Memorandum on the prevention of leprosy by segregation of the affected
Disease focus: Leprosy
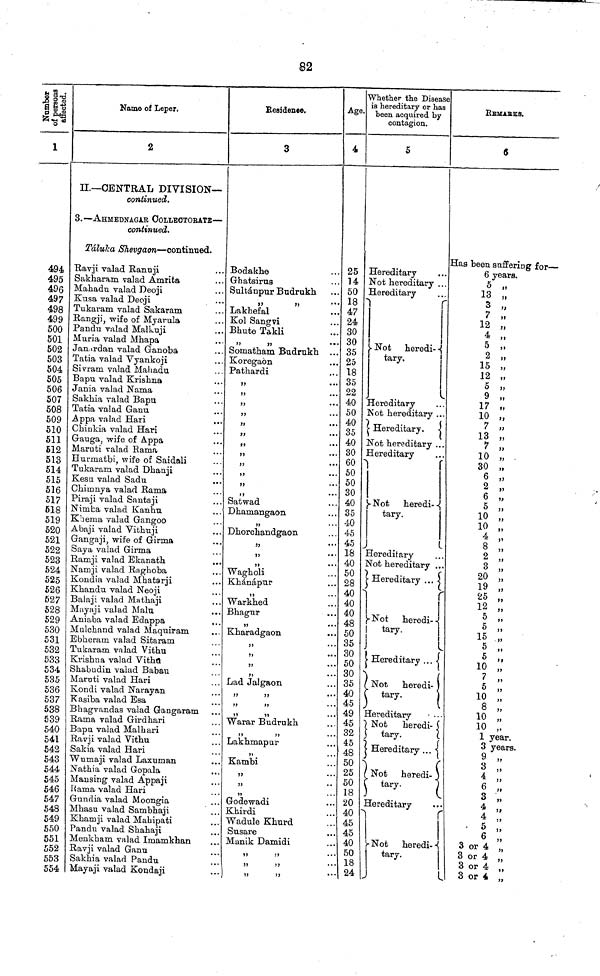
$2
Number of
persons
affected.
1
494
495
496
497
498
499
500
501
502
503
504
505
506
507
508
509
510
511
512
513
514
515
516
517
618
519
520
521
522
523
524
525
526
627
528
529
530
531
532
533
534
535
536
537
538
539
540
541
542
543
544
545
546
547
548
549
550
551
552
553
554
Name of Leper.
2
II.— CENTRAL DIVISION—
continued.
3.— AHMEDNAGAr cOLLBcTOrATe —
continued.
Táluka Shevgaon — continued.
Ravji valad Ranuji
Sakharam valad Amrita
Mahadu valad Deoji
Kusa valad Deoji
Tukaram valad Sakaram
Rangji, wife of Myarula
Pandu valad Malkuji
Muria valad Mhapa
Janardan valad Ganoba
Tatia valad Vyankoji
Sivram valad Mahadu
Bapu valad Krishna
Jania valad Nama
Sakhia valad Bapu
Tatia valad Ganu
Appa valad Hari
Chinkia valad Hari
Gauga, wife of Appa
Maruti valad Rama
Hurmatbi, wife of Saidali
Tukaram valad Dhanji
Kesu valad Sadu
Chimnya valad Rama
Piraji valad Santaji
Nimba valad Kanhu
K'aema valad Gangoo
Abaji valad Vithuji
Gangaji, wife of Girma
Saya valad Girma
Ramji valad Ekanath
Namji valad Raghoba
Kondia valad Mhatarji
Khandu valad Neoji
Balaji valad Mathaji
Mayaji valad Malu
Aniaba valad Edappa
Mulchand valad Maquiram
Ebheram valad Sitaram
Tukaram valad Vithu
Krishna valad Vitha
Shabudin valad Babau
Maruti valad Hari
Kondi valad Narayan
Kasiba valad Esa
Bhagvandas valad Gangaram
Rama valad Girdhari
Bapu valad Malhari
Ravji valad Vithu
Sakia valad Hari
Wumaji valad Laxuman
Nathia valad Gopala
Mansing valad Appaji
Rama valad Hari
Gundia valad Moongia
Mhasu valad Sambhaji
Khamji valad Mahipati
Pandu valad Shahaji
Menkbam valad Imamkhan
Ravji valad Ganu
Sakhia valad Pandu
Mayaji valad Kondaji
Residence.
3
Bodakhe
Ghatsirus
Sultánpur Budrukh
,,
Lakhefal
Kol Sangvi
Bhute Takli
,,
,,
Somatham Budrukh ...
Koregaon
Pathardi
"
"
"
"
Satwad
Dhamangaon
,,
Dhorohandgaon
,,
,,
...
,,
Wagholi
Khánápur
,,
Warkhed
Bhagur
,,
Kharadgaon
,,
...
,,
...
,,
...
,,
Lad Jalgaon
,,
"
,,
,,
Warar Budrukh
,,
,,
Lakhmapur
Kambi
,,
,,
,,
Godewadi
Khirdi
Wadule Khurd
Susare
Manik Damidi
,,
"
,,
,,
,,
,,
Age.
4
25
14
50
18
47
24
30
30
35
25
18
35
22
40
50
40
35
40
30
60
50
50
30
40
35
40
45
45
18
40
50
28
40
40
40
48
50
35
30
50
30
35
40
49
45
32
45
48
50
25
50
18
20
40
45
45
40
50
18
24
Whether the Disease
is hereditary or has
been acquired by
contagion.
5
Hereditary
Not hereditary . . .
Hereditary
Not heredi-
tary.
Hereditary
Not hereditary ...
Hereditary.
Not hereditary ...
Hereditary
Not heredi-
tary.
Hereditary
Not hereditary ...
Hereditary ...
Not
heredi- -
tary.
Hereditary ...
Not
heredi-
tary.
Hereditary
Not
heredi-
tary.
Hereditary ...
C
Not heredi-
tary.
Hereditary
Not
heredi-
tary.
REMARKS.
6
Has been suffering for —
6 years.
5 ,,
13 „
3 „
7 "
12 "
4 "
5 "
2 "
15 "
12 "
5 "
9 "
17 "
10 "
7 "
13 "
7 "
10
"
30 "
6 „
2 „
6 „
5 ,,
10 ,,
10 „
4 „
8 „
2 "
3 „
20 „
19 "
25 "
12 "
5 "
5 "
15 "
5 "
10 "
7 "
5 "
10 "
8 "
10 "
10 „
1 year.
3 years.
9 ,,
3 ,.
4 "
6 „
3 „
4 "
4 "
6 "
3 or 4 "
3 or 4 "
3 or 4 "
3 or 4 "